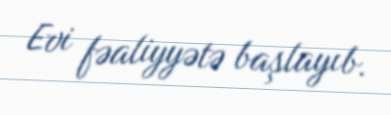
Evi fəaliyyətə başlayıb.